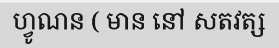
ហ្វូណន ( មាន នៅ សតវត្ស